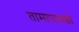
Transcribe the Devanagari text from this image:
तामापाच्को